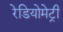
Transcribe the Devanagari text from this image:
रेडियोमेट्री